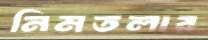
নিমতলার